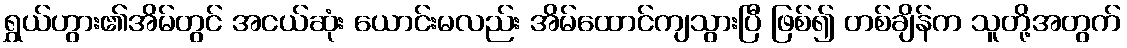
ရွှယ်ဟွား၏အိမ်တွင် အငယ်ဆုံး ယောင်းမလည်း အိမ်ထောင်ကျသွားပြီ ဖြစ်၍ တစ်ချိန်က သူတို့အတွက်